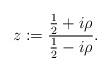
\begin{align*}z:=\frac{\frac{1}{2}+i\rho}{\frac{1}{2}-i\rho}. \end{align*}